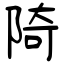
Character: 陭